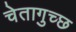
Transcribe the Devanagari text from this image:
चेतागुच्छ